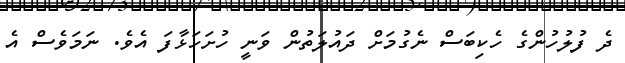
ދެ ފުލުހުންގެ ހެކިބަސް ނެގުމަށް ދައުލަތުން ވަނީ ހުށަހަޅާފަ އެވެ. ނަމަވެސް އެ